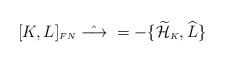
LaTeX: \begin{align*}[K,L]_{\scriptscriptstyle FN} \; \hat{\longrightarrow} \; =-\{\widetilde{\cal H}_{\scriptscriptstyle K},\widehat{L}\}\end{align*}